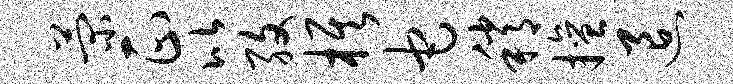
菊正比孜旗它稍擅退